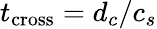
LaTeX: t_{\mathrm{cross}}=d_{c}/c_{s}